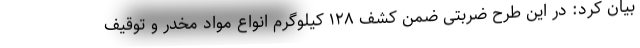
بیان کرد: در این طرح ضربتی ضمن کشف ۱۲۸ کیلوگرم انواع مواد مخدر و توقیف